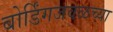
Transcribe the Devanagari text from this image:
बोर्डिंगजवळच्या